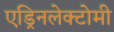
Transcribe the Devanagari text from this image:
एड्रिनलेक्टोमी